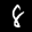
Label: 8